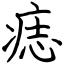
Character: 痣